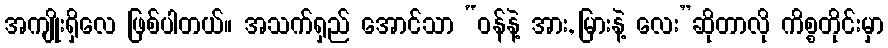
အကျိုးရှိလေ ဖြစ်ပါတယ်။ အသက်ရှည် အောင်သာ “ဝန်နဲ့ အား, မြားနဲ့ လေး”ဆိုတာလို ကိစ္စတိုင်းမှာ